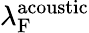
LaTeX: \lambda_{\mathrm{F}}^{\mathrm{acoustic}}